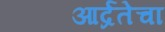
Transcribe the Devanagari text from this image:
आर्द्रतेचा